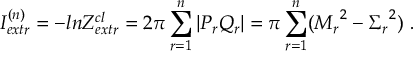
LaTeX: I _ { e x t r } ^ { ( n ) } = - l n Z _ { e x t r } ^ { c l } = 2 \pi \sum _ { r = 1 } ^ { n } | P _ { r } Q _ { r } | = \pi \sum _ { r = 1 } ^ { n } ( { M _ { r } } ^ { 2 } - { \Sigma _ { r } } ^ { 2 } ) \ .